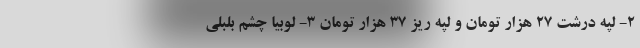
2- لپه درشت 27 هزار تومان و لپه ریز 37 هزار تومان 3- لوبیا چشم بلبلی